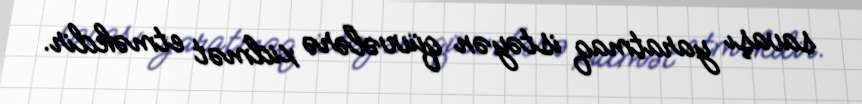
savaşı yaratmaq istəyən qüvvələrə xidmət etməkdir.